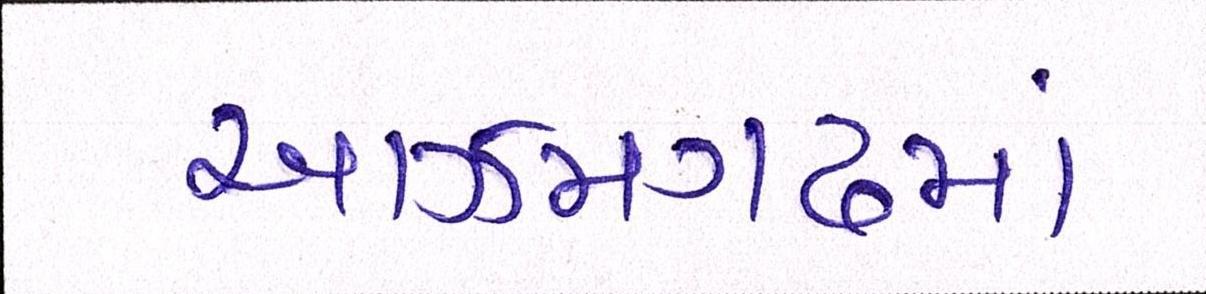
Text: આઝમગઢમાં